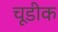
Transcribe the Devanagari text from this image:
चूडीक